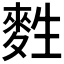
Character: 𪌜